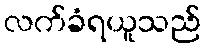
လက်ခံရယူသည်